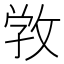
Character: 𢽑